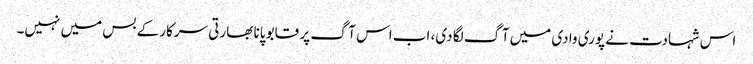
اس شہادت نے پوری وادی میں آگ لگا دی، اب اس آگ پر قابو پانا بھارتی سرکار کے بس میں نہیں۔